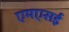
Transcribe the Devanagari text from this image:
एमएसई